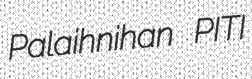
Palaihnihan PITI